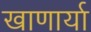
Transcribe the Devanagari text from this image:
खाणार्या